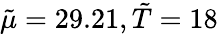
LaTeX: \tilde{\mu}=29.21,\tilde{T}=18